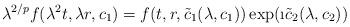
LaTeX: \begin{align*}\lambda^{2/p} f(\lambda^2 t,\lambda r,c_1)= f(t,r,\tilde c_1(\lambda,c_1)) \exp(\i\tilde c_2(\lambda,c_2))\end{align*}